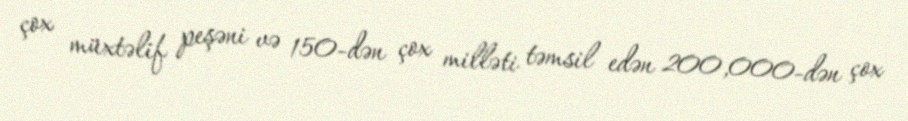
çox müxtəlif peşəni və 150-dən çox milləti təmsil edən 200,000-dən çox